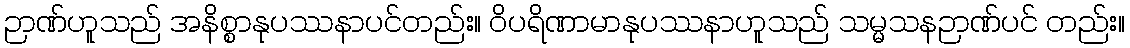
ဉာဏ်ဟူသည် အနိစ္စာနုပဿနာပင်တည်း။ ဝိပရိဏာမာနုပဿနာဟူသည် သမ္မသနဉာဏ်ပင် တည်း။